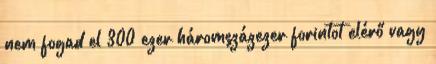
nem fogad el 300 ezer háromszázezer forintot elérő vagy